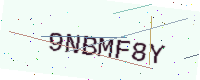
Text: 9NBMF8Y